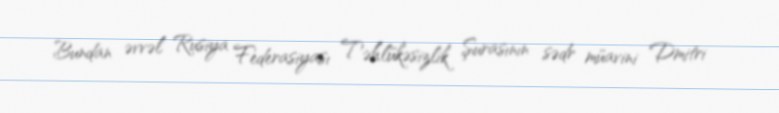
Bundan əvvəl Rusiya Federasiyası Təhlükəsizlik Şurasının sədr müavini Dmitri